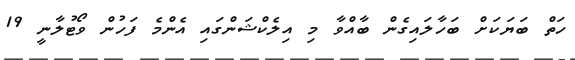
ހަތް ބަޔަކަށް ބަހާލައިގެން ބާއްވާ މި އިލެކްޝަންގައި އެންމެ ފަހުން ވޯޓުލާނީ 19